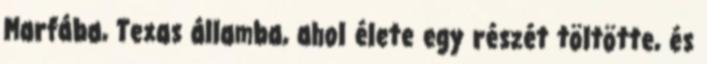
Marfába, Texas államba, ahol élete egy részét töltötte, és